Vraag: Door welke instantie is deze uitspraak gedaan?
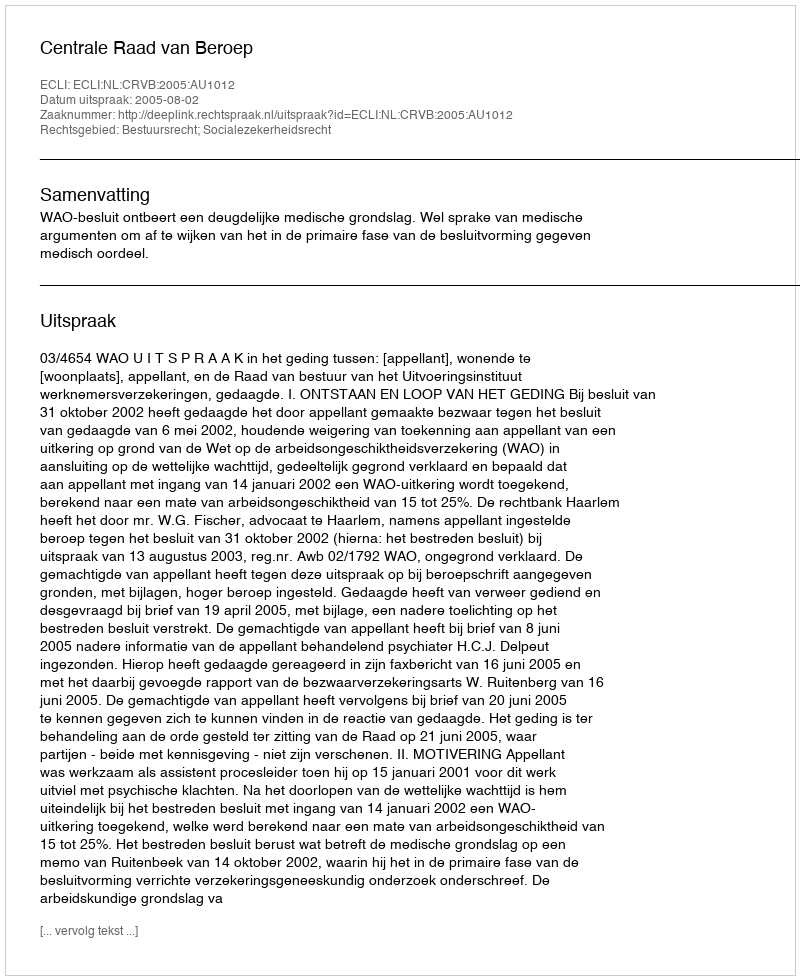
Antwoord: Centrale Raad van Beroep